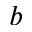
^ b